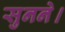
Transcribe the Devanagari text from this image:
सुनने।